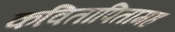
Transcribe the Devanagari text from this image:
कवितापितामह